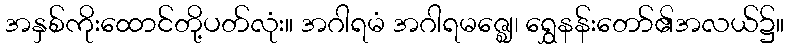
အနှစ်ကိုးထောင်တို့ပတ်လုံး။ အဂါရမံ အဂါရမဇ္ဈေ၊ ရွှေနန်းတော်၏အလယ်၌။